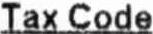
TAX CODE